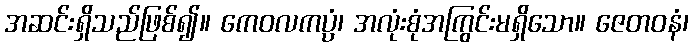
အဆင်းရှိသည်ဖြစ်၍။ ကေဝလကပ္ပံ၊ အလုံးစုံအကြွင်းမရှိသော။ ဇေတဝနံ၊